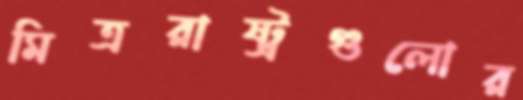
মিত্ররাষ্ট্রগুলোর